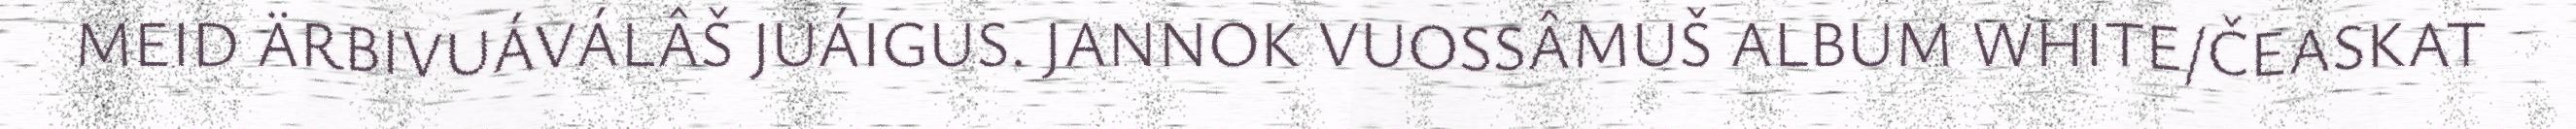
MEID ÄRBIVUÁVÁLÂŠ JUÁIGUS. JANNOK VUOSSÂMUŠ ALBUM WHITE/ČEASKAT